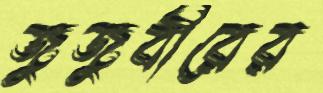
জুজুবীরের